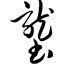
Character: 垄